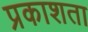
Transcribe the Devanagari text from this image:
प्रकाशता